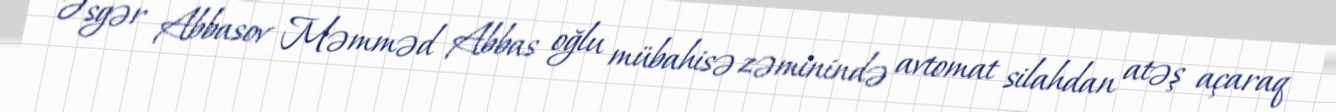
Əsgər Abbasov Məmməd Abbas oğlu mübahisə zəminində avtomat silahdan atəş açaraq